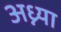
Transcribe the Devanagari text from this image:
अध्न्या